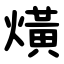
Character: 熿